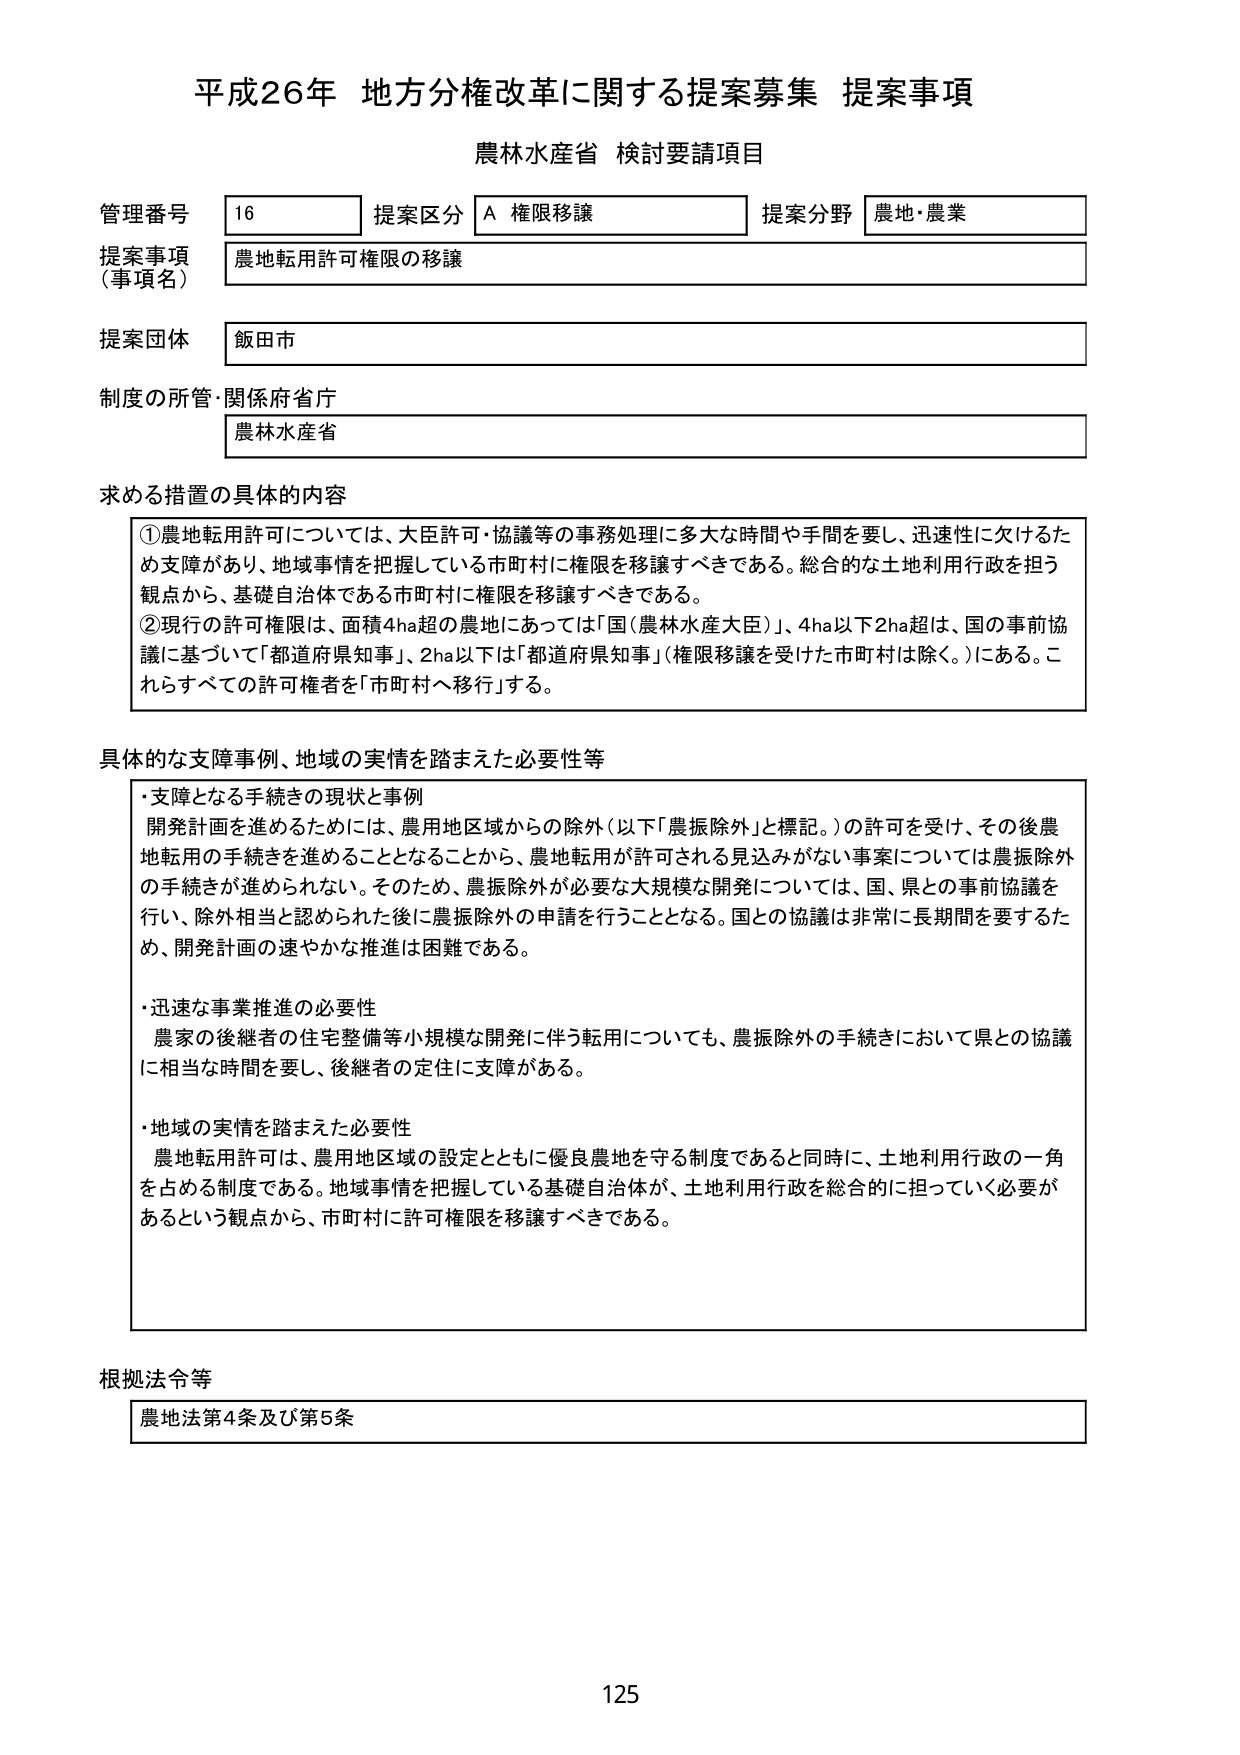
平成26年 地方分権改革に関する提案募集 提案事項
農林水産省 検討要請項目

管理番号 16 提案区分 A 権限移譲 提案分野 農地・農業
提案事項（事項名） 農地転用許可権限の移譲
提案団体 飯田市
制度の所管・関係府省庁 農林水産省

求める措置の具体的内容
①農地転用許可については、大臣許可・協議等の事務処理に多大な時間や手間を要し、迅速性に欠けるため支障があり、地域事情を把握している市町村に権限を移譲すべきである。総合的な土地利用行政を担う観点から、基礎自治体である市町村に権限を移譲すべきである。
②現行の許可権限は、面積4ha超の農地にあっては「国（農林水産大臣）」、4ha以下2ha超は、国の事前協議に基づいて「都道府県知事」、2ha以下は「都道府県知事」（権限移譲を受けた市町村は除く。）にある。これらすべての許可権者を「市町村へ移行」する。

具体的な支障事例、地域の実情を踏まえた必要性等
・支障となる手続きの現状と事例
開発計画を進めるためには、農用地区域からの除外（以下「農振除外」と標記。）の許可を受け、その後農地転用の手続きを進めることとなることから、農地転用が許可される見込みがない事案については農振除外の手続きが進められない。そのため、農振除外が必要な大規模な開発については、国、県との事前協議を行い、除外相当と認められた後に農振除外の申請を行うこととなる。国との協議は非常に長期間を要するため、開発計画の速やかな推進は困難である。
・迅速な事業推進の必要性
農家の後継者の住宅整備等小規模な開発に伴う転用についても、農振除外の手続きにおいて県との協議に相当な時間を要し、後継者の定住に支障がある。
・地域の実情を踏まえた必要性
農地転用許可は、農用地区域の設定とともに優良農地を守る制度であると同時に、土地利用行政の一角を占める制度である。地域事情を把握している基礎自治体が、土地利用行政を総合的に担っていく必要があるという観点から、市町村に許可権限を移譲すべきである。

根拠法令等
農地法第4条及び第5条

125